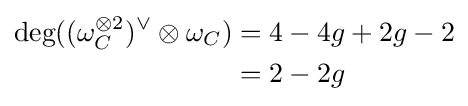
{\begin{aligned}{\text{deg}}((\omega _{C}^{\otimes 2})^{\vee }\otimes \omega _{C})&=4-4g+2g-2\\&=2-2g\end{aligned}}